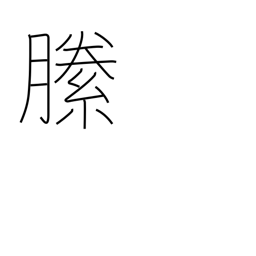
Meaning: darn